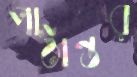
পাঠান্তর